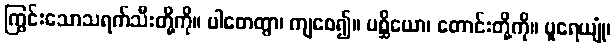
ကြွင်းသောသရက်သီးတို့ကို။ ပါတေတွာ၊ ကျစေ၍။ ပစ္ဆိယော၊ တောင်းတို့ကို။ ပူရေယျုံ၊